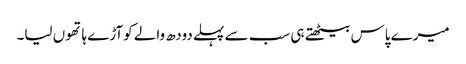
میرے پاس بیٹھتے ہی سب سے پہلے دودھ والے کوآڑے ہاتھوں لیا۔